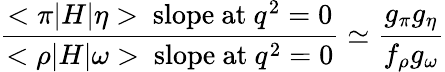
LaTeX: {\frac{<\pi|H|\eta>\ \mathrm{slope\ at}\ q^{2}=0}{<\rho|H|\omega>\ \mathrm{slope\ at}\ q^{2}=0}}\simeq{\frac{g_{\pi}g_{\eta}}{f_{\rho}g_{\omega}}}